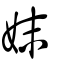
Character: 妺